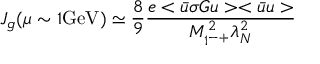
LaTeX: J _ { g } ( \mu \sim 1 \mathrm { G e V } ) \simeq { \frac { 8 } { 9 } } { \frac { e < \bar { u } \sigma G u > < \bar { u } u > } { M _ { 1 ^ { - + } } ^ { 2 } \lambda _ { N } ^ { 2 } } }